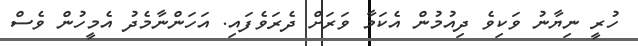
ހުރީ ނިޔާނު ވަކިވެ ދިއުމުން އެކަމާ ވަރަށް ދެރަވެފައި. އަހަންނާމެދު އެމީހުން ވެސް